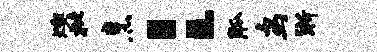
燠枇烹：觚鸟淅